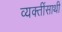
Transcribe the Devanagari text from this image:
व्यक्तींसाथी